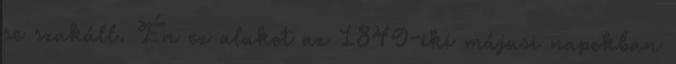
se szakáll. Én ez alakot az 1849-iki májusi napokban